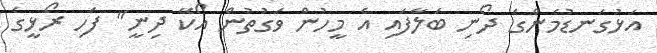
އަޅުގަނޑުމެންގެ ދޯނި ބަލާފައި އެ މީހުން ވަގުތުން އޯކޭ ދިނީ" ފަހި ރޯޅީގެ